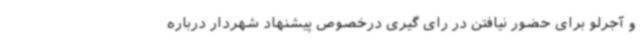
و آجرلو برای حضور نیافتن در رای گیری درخصوص پیشنهاد شهردار درباره